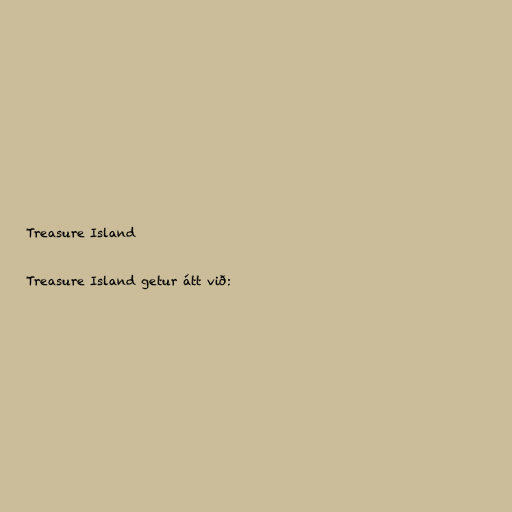
Treasure Island

Treasure Island getur átt við: